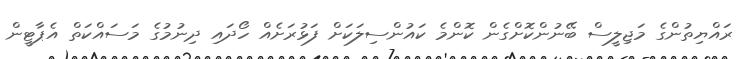
ރައްޔިތުންގެ މަޖިލީސް ބޭނުންކޮށްގެން ކޮންމެ ކައުންސިލަކަށް ފަޅުރަށެއް ހޯދައި ދިނުމުގެ މަސައްކަތް އެޕާޓީން